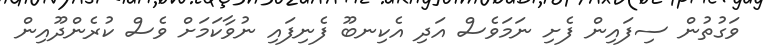
ވަގުތުން ސިފައިން ފެށި ނަމަވެސް އަދި އެކިނބޫ ފެނިފައި ނުވާކަމަށް ވެސް ކުރެންދޫއިން